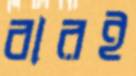
বারই